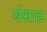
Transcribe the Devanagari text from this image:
संग्राह